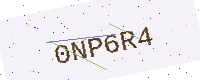
Text: 0NP6R4